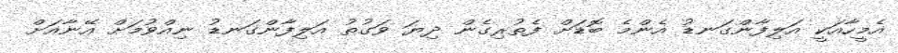
އެމީހާއަކީ އަލިފާންގަނޑު އެންމެ ބޮޑަށް ފެތުރިގެން ދިޔަ ވަގުތު އަލިފާންގަނޑު ނިއްވުމަށް އޭނާއަށް